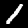
Label: 1